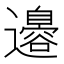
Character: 𮟣